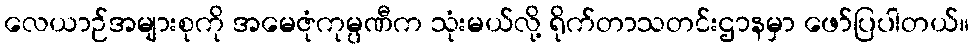
လေယာဉ်အများစုကို အမေဇုံကုမ္ပဏီက သုံးမယ်လို့ ရိုက်တာသတင်းဌာနမှာ ဖော်ပြပါတယ်။